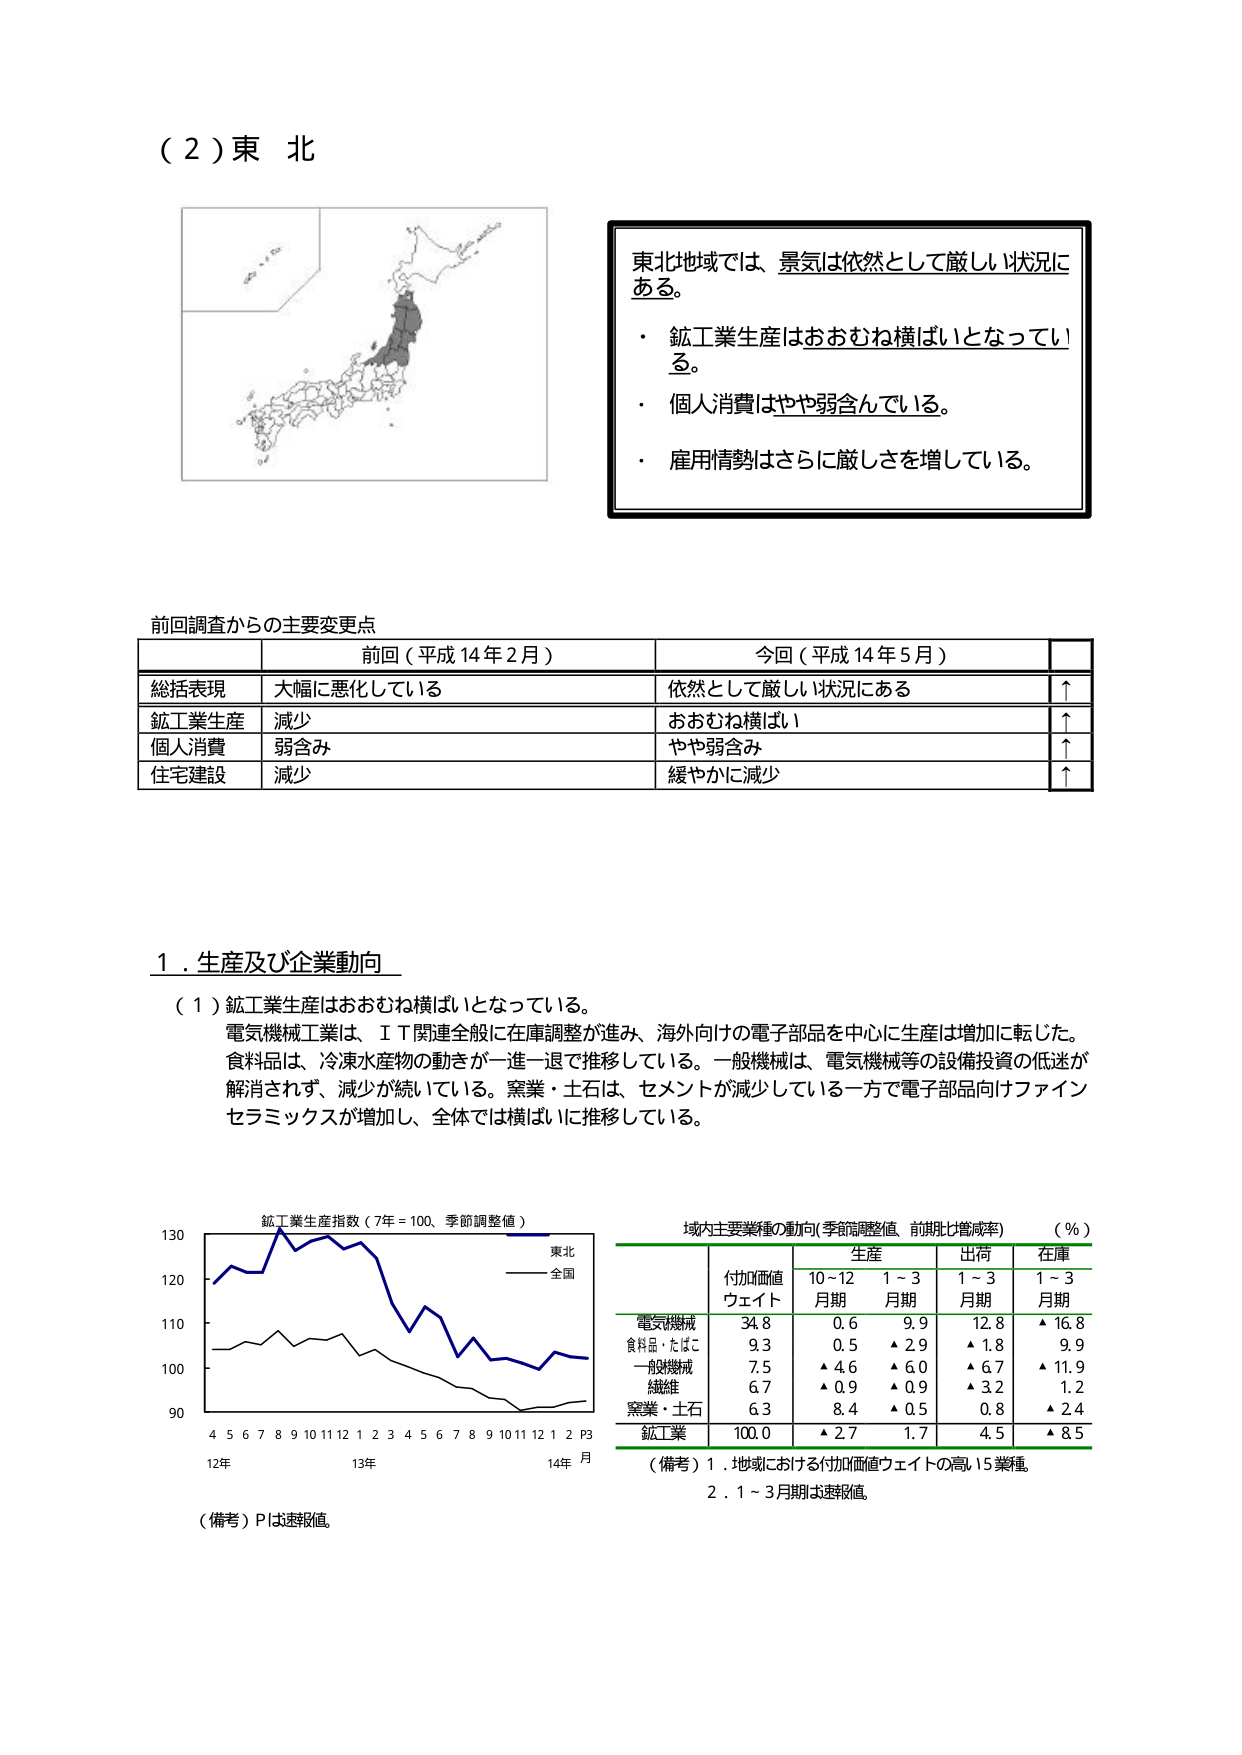
（２）東北

東北地域では、景気は依然として厳しい状況にある。
・ 鉱工業生産はおおむね横ばいとなっている。
・ 個人消費はやや弱含んでいる。
・ 雇用情勢はさらに厳しさを増している。

前回調査からの主要変更点
前回（平成14年2月） 今回（平成14年5月）
総括表現 大幅に悪化している 依然として厳しい状況にある ↑
鉱工業生産 減少 おおむね横ばい ↑
個人消費 弱含み やや弱含み ↑
住宅建設 減少 緩やかに減少 ↑

１．生産及び企業動向
（１）鉱工業生産はおおむね横ばいとなっている。
電気機械工業は、ＩＴ関連全般に在庫調整が進み、海外向けの電子部品を中心に生産は増加に転じた。
食料品は、冷凍水産物の動きが一進一退で推移している。一般機械は、電気機械等の設備投資の低迷が解消されず、減少が続いている。窯業・土石は、セメントが減少している一方で電子部品向けファインセラミックスが増加し、全体では横ばいに推移している。

鉱工業生産指数（7年＝100、季節調整値）
130
120
110
100
90
4 5 6 7 8 9 10 11 12 1 2 3 4 5 6 7 8 9 10 11 12 1 2 P3
12年 13年 14年 月
東北
全国
（備考）Pは速報値。

域内主要業種の動向（季節調整値、前期比増減率）（％）
生産 出荷 在庫
付加価値 10～12 1～3 1～3 1～3
ウェイト 月期 月期 月期 月期
電気機械 34.8 0.6 9.9 12.8 ▲16.8
食料品・たばこ 9.3 0.5 ▲2.9 ▲1.8 9.9
一般機械 7.5 ▲4.6 ▲6.0 ▲6.7 ▲11.9
繊維 6.7 ▲0.9 ▲0.9 ▲3.2 1.2
窯業・土石 6.3 8.4 ▲0.5 0.8 ▲2.4
鉱工業 100.0 ▲2.7 1.7 4.5 ▲8.5
（備考）1．地域における付加価値ウェイトの高い5業種。
2．1～3月期は速報値。